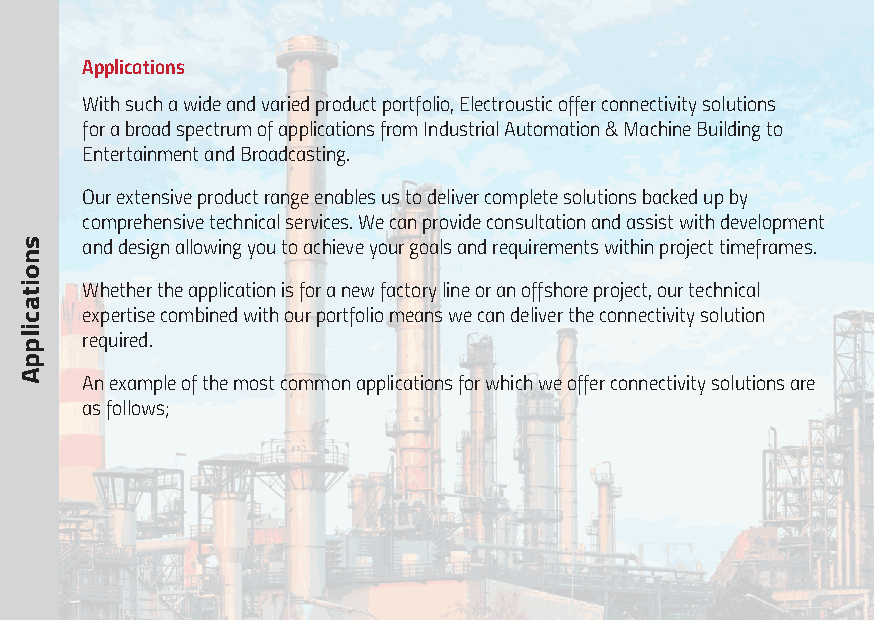
Applications
 With such a wide and varied product portfolio, Electroustic offer connectivity solutions
 for a broad spectrum of applications from Industrial Automation & Machine Building to
 Entertainment and Broadcasting.
 Our extensive product range enables us to deliver complete solutions backed up by
 comprehensive technical services. We can provide consultation and assist with development
 and design allowing you to achieve your goals and requirements within project timeframes.
 Whether the application is for a new factory line or an offshore project, our technical
 expertise combined with our portfolio means we can deliver the connectivity solution
 required.
 An example of the most common applications for which we offer connectivity solutions are
 as follows;
 snoitacilppA